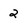
Character: 2